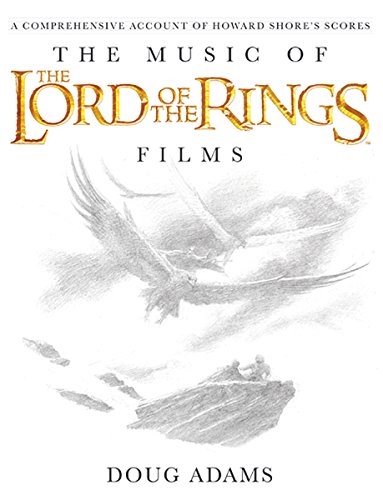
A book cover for The Music of The Lord of the Rings Films: A Comprehensive Account of Howard Shore's Scores (Book and Rarities CD); Doug Adams; Arts & Photography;